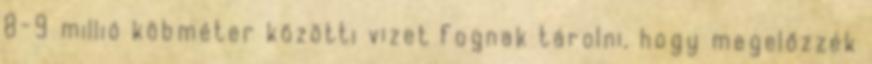
8-9 millió köbméter közötti vizet fognak tárolni, hogy megelőzzék